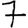
Digit: 7